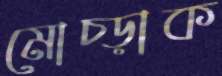
মোচ্‌ড়াক